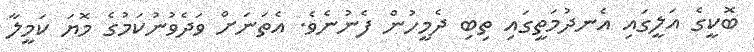
ބޮކީގެ އަލީގައި އެނދުމަތީގައި ތިބި ދެމީހުން ފެނުނެވެ. އެތަނަށް ވަދެވުނުކަމުގެ މޮޔަ ކަމީލާ